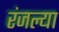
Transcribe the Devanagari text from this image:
रंजल्या